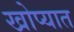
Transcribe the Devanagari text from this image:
खोप्यात